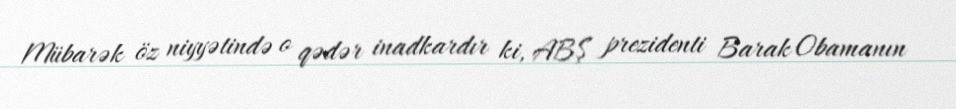
Mübarək öz niyyətində o qədər inadkardır ki, ABŞ prezidenti Barak Obamanın